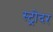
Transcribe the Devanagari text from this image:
स्ट्रोदर